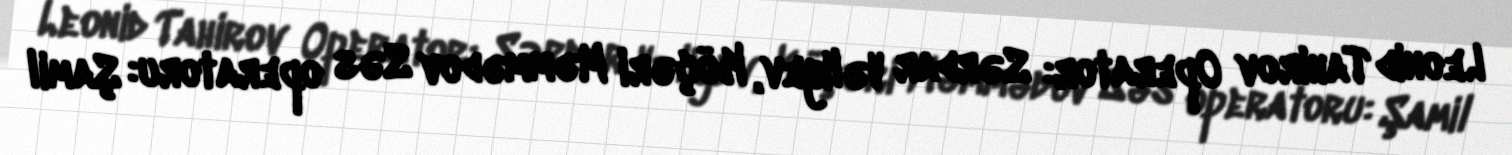
Leonid Tahirov Operator: Sərdar Vəliyev, Köçəri Məmmədov Səs operatoru: Şamil